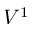
V ^ { 1 }